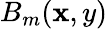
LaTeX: B_{m}(\mathbf{x},y)